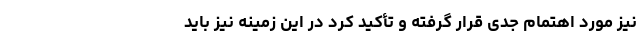
نیز مورد اهتمام جدی قرار گرفته و تأکید کرد در این زمینه نیز باید